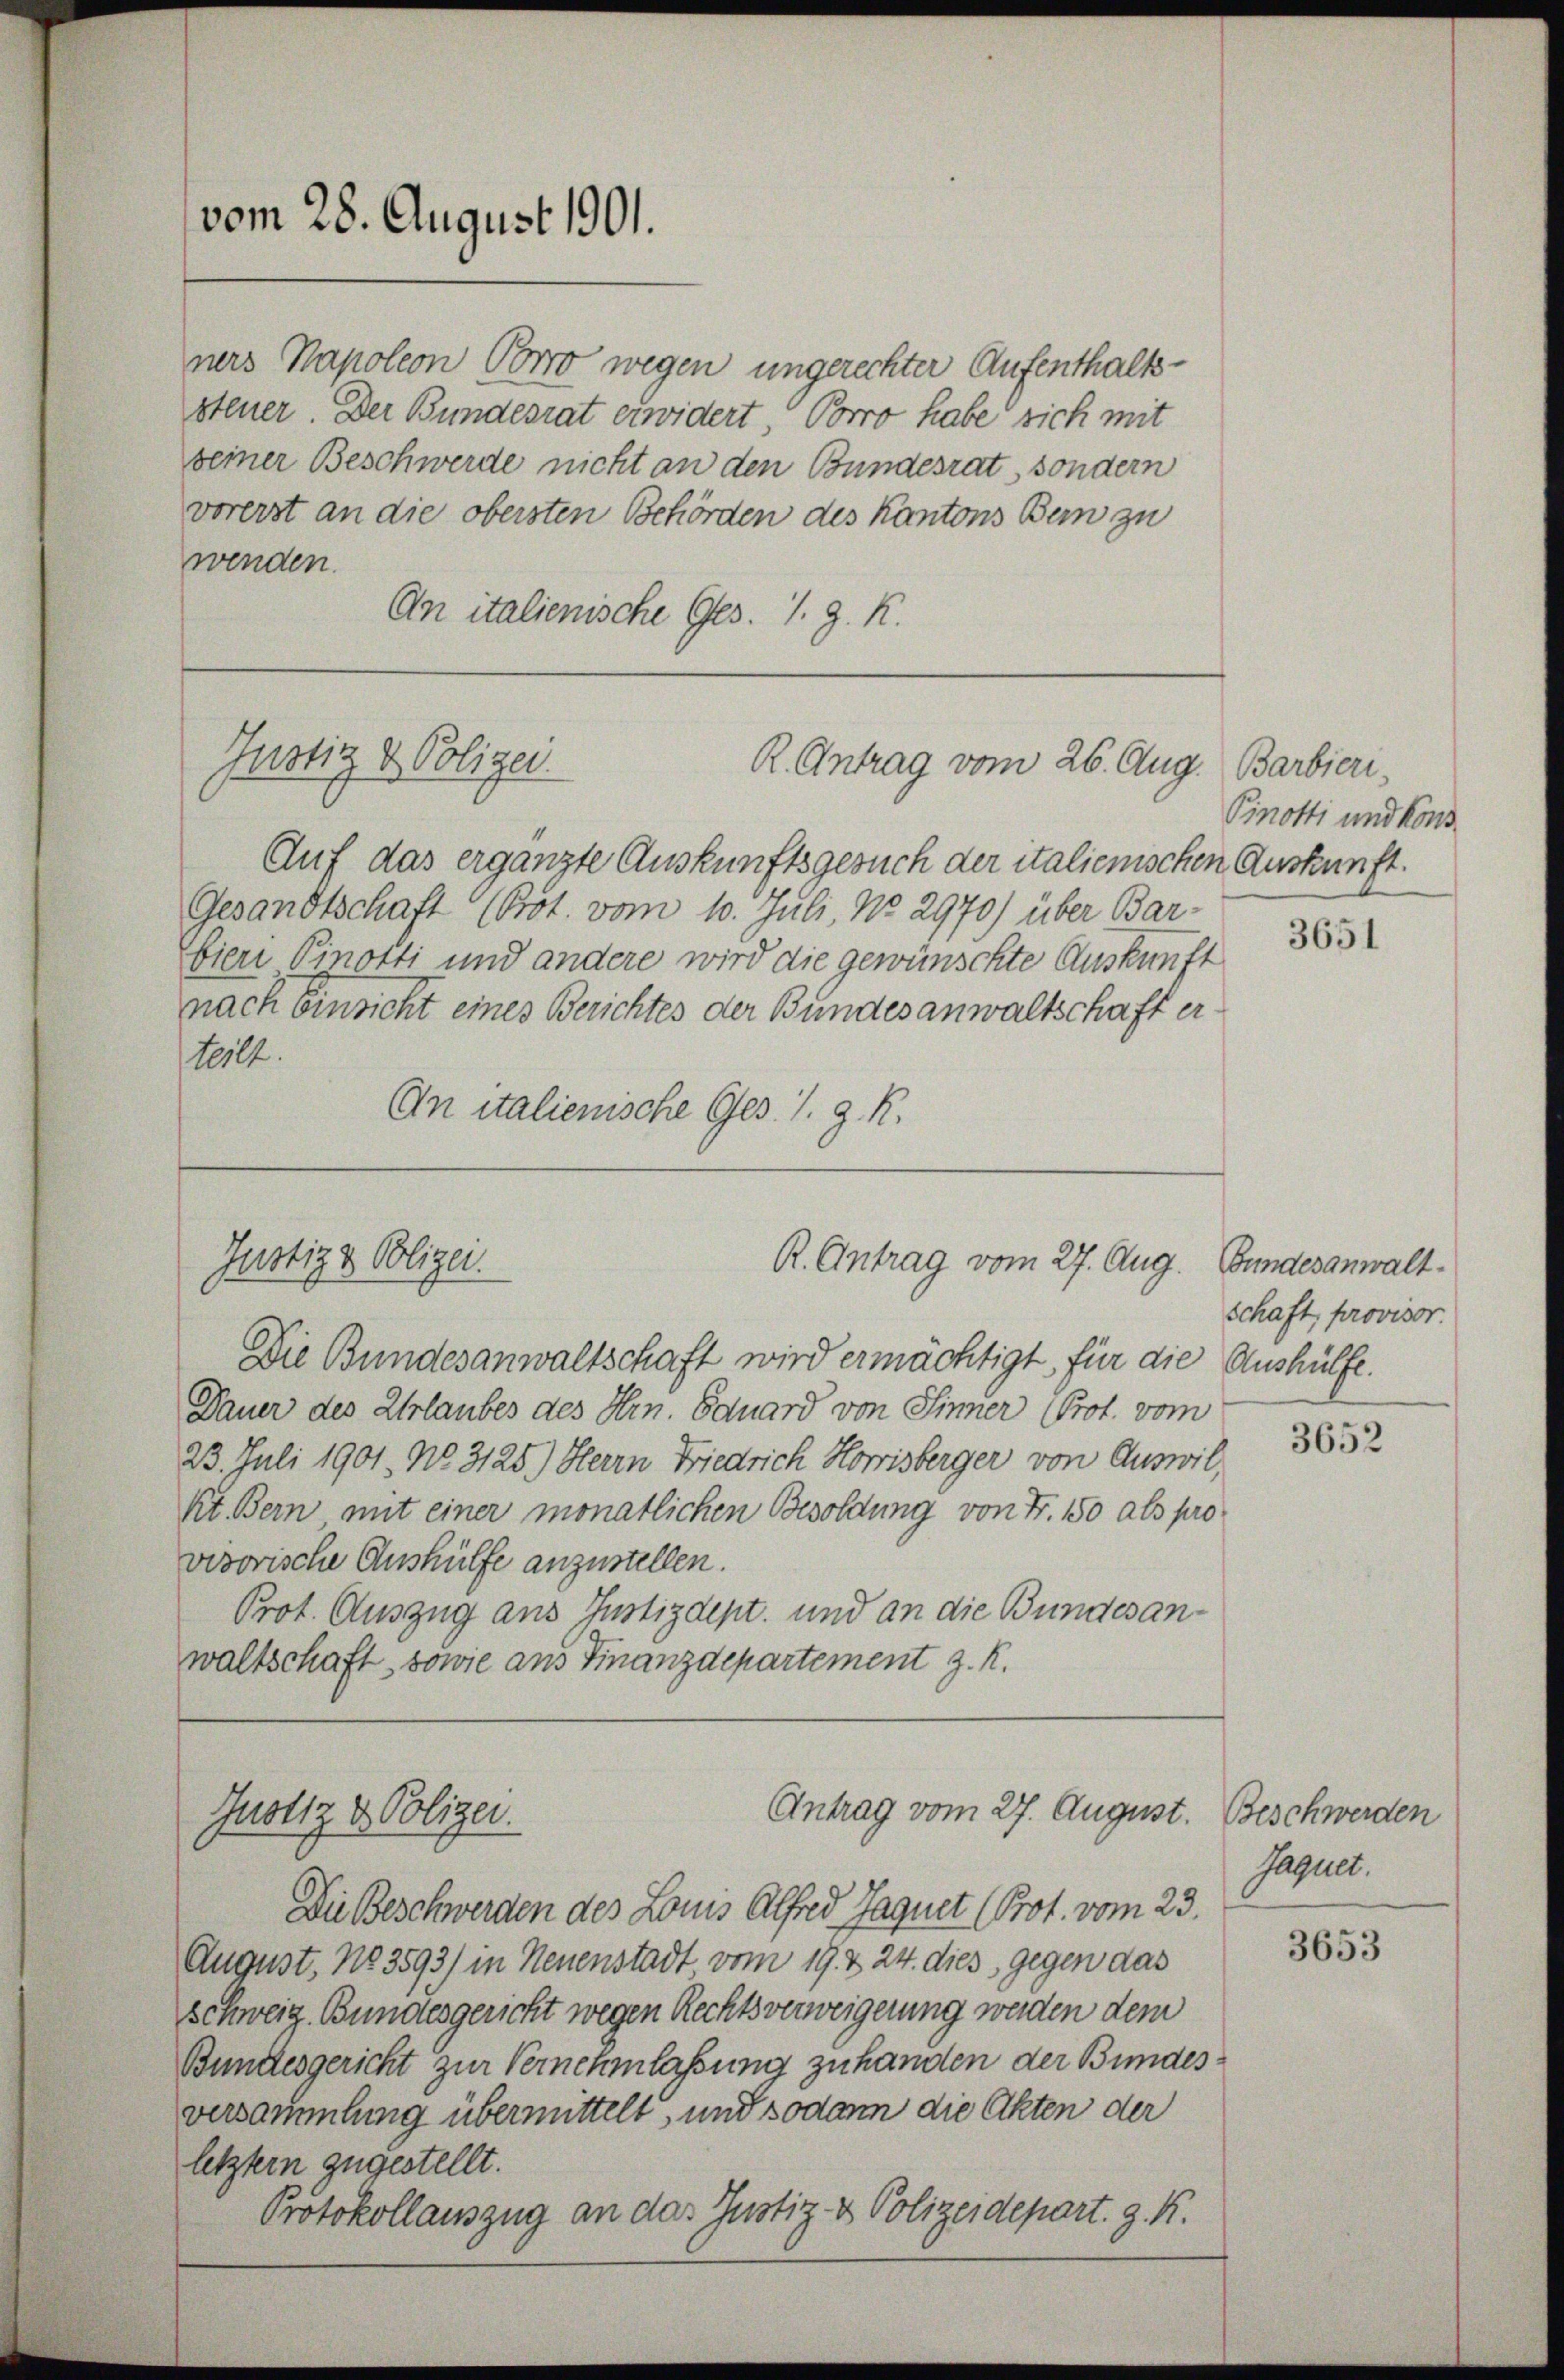
vom 28. August 1901.

ners Napoleon Obero wegen ungerechter Aufenthaltssteuer. Der Bundesrat erwidert, Porro habe sich mit
seiner Beschwerde nicht an den Bundesrat, sondern
vorerst an die obersten Behörden des Kantons Bern zu
wenden.
An italienische Ges. 1. J. K.

Justiz & Polizei.
R. Antrag vom 26. Aug. Barbieri,

R. Antrag vom 27. Aug.
Justiz & Polizei.

Auf das ergänzte Auskunftsgesuch der italienischen Auskunft.
Gesandtschaft (Böt. vom 10. Juli No 2970) über Bar-
ieri Pinotti und andere wird die gewünschte Auskunft
nach Einricht eines Berichtes der Bundesanwaltschaft er
1002.
An italienische Ges. 1. g. R.

Die Bundesanwaltschaft wird ermächtigt für die Aushülfe.
Dauer des Urlaubes des Hrn. Eduard von Sinner (Prof. vom
23. Juli 1901. No. 3125.) Herrn Friedrich Horrisberger von Auswil,
kt. Bern mit einer monatlichen Besoldung von Fr. 150 als pro
visorische Aushülfe anzustellen.
Prot. Auszug aus Justizdept, und an die Bundesanwaltschaft, sowie aus Finanzdepartement z. R.

Antrag vom 27. August.
Justiz & Polizei.

Die Beschwerden des Louis Alfred Jaquet (Prot. vom 23.
August. No 3593) in Neuenstadt vom 19. & 24. dies, gegen das
Schweiz. Bundesgericht wegen Rechtsverweigerung werden dem
Bundesgericht zur Vernehmlassung zu handen der Bundesversammlung übermittelt, und sodann die Akten der
letztern zugestellt.
Protokollauszug an das Justiz- & Polizeidepart. G. K.

Pinotti und Kons.

3651

Bundesanwalt
schaft, provisor.

3652

Beschwerden
Jaquet.

3653